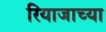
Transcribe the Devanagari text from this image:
रियाजाच्या